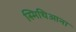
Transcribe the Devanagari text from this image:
स्मिथिआना